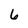
Character: 6